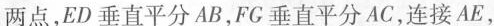
两点，ED垂直平分AB，FG垂直平分AC，连接AE，